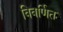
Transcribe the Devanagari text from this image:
विवर्णित